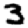
Digit: 3